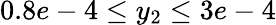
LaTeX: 0.8e-4\leq y_{2}\leq 3e-4